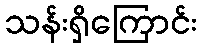
သန်းရှိကြောင်း